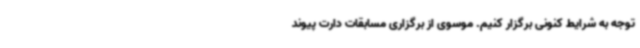
توجه به شرایط کنونی برگزار کنیم. موسوی از برگزاری مسابقات دارت پیوند